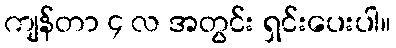
ကျန်တာ ၄ လ အတွင်း ရှင်းပေးပါ။